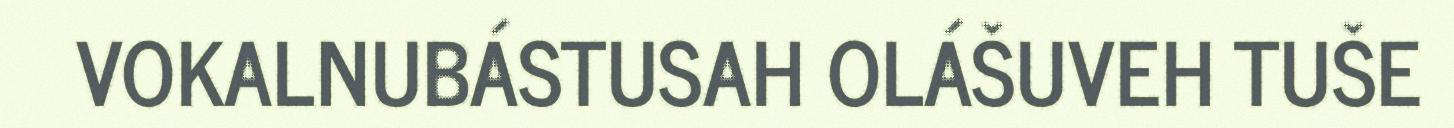
VOKALNUBÁSTUSAH OLÁŠUVEH TUŠE